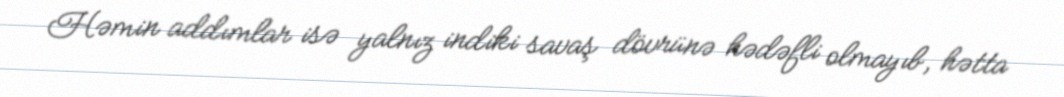
Həmin addımlar isə yalnız indiki savaş dövrünə hədəfli olmayıb, hətta